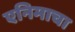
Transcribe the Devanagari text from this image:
एनिमाचा